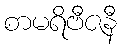
စာမရိဗီဇနီ